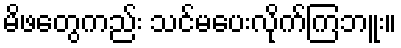
မိဖတွေကည်း သင်မပေးလိုက်ကြဘူး။